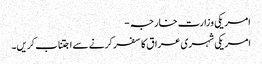
امریکی وزارت خارجہ -
امریکی شہری عراق کا سفر کرنے سے اجتناب کریں۔